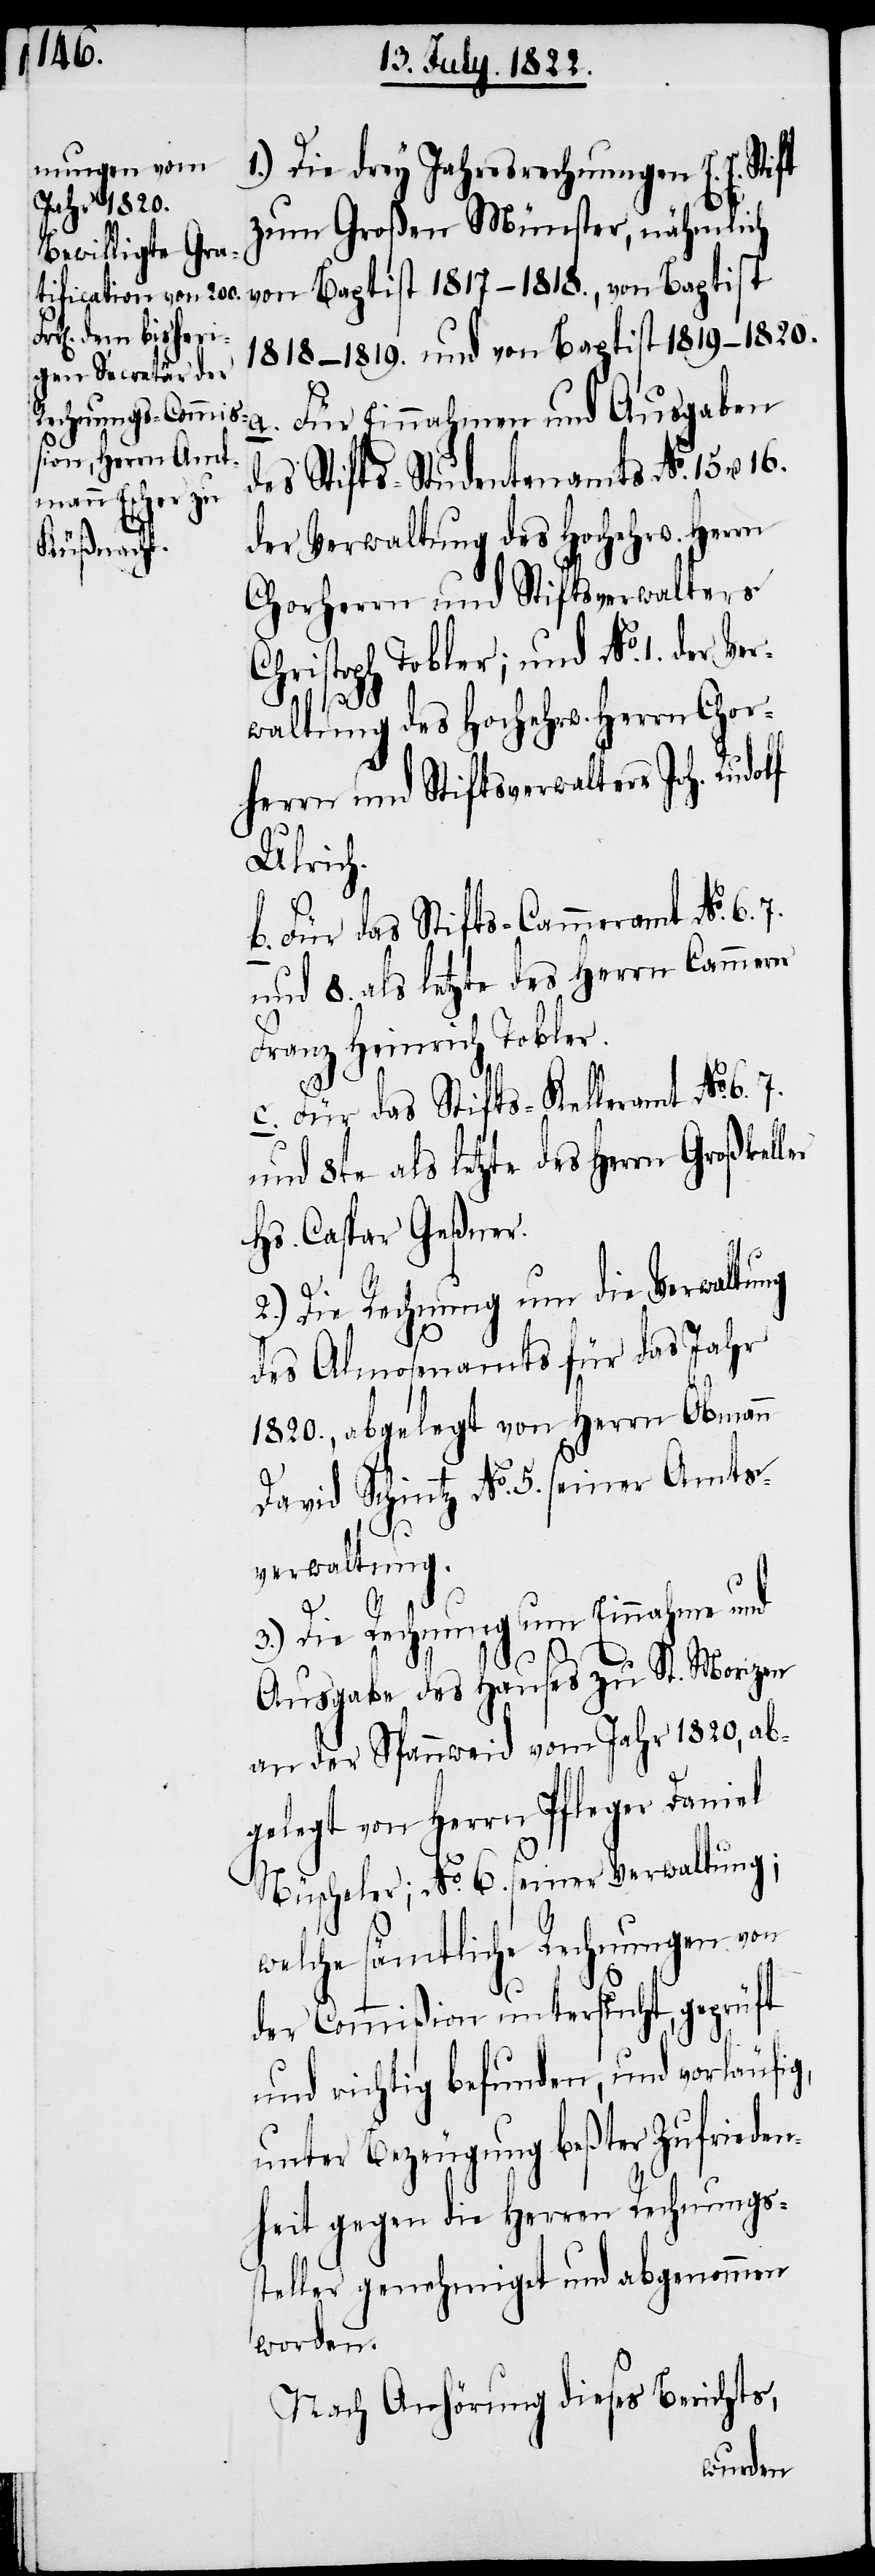
1.) Die drey Jahresrechnungen E. E.
zum Großen Münster, nähmlich
von Baptist 1817–1818., von Baptist
1818–1819. und von Baptist 1819–1820.
des Stifts-Studentenamts No. 15 & 16.
der Verwaltung des Hochehrw. Herrn
Chorherrn und Stiftsverwalters
Christoph Tobler; und No. 1. der Ver¬
waltung des Hochehrw. Herrn Chor¬
herrn und Stiftsverwalters Joh. Rudolf
Ulrich.
b. Für das Stifts-Cammeramt No. 6.
und 8. als letzte des Herrn Großkel¬
Hs. Caspar Geßner.
2.) Die Rechnung um die Verwaltung
des Almosenamts für das Jahr
1820., abgelegt von Herrn Obmann
David Schintz No. 5. seiner Amts¬
verwaltung.
ler
3.) Die Rechnung um Einnahme und
Ausgabe des Hauses zu St. Morizen
an der Spannweid vom Jahr 1820, ab¬
gelegt von Herrn Pfleger Daniel
Nüscheler; No. 6. seiner Verwaltung;
welche sämtliche Rechnungen von
der Commißion untersucht, geprüft
und richtig befunden, und vorläufig,
unter Bezeugung beßter Zufrieden¬
heit gegen die Herren Rechnungs¬
steller genehmiget und abgenommen
worden.
Nach Anhörung dieses Berichts,